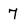
Character: 7